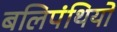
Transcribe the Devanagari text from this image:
बलिपंथियों